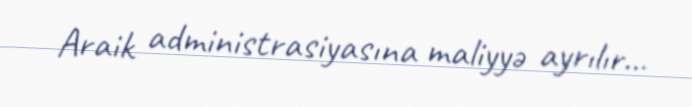
Araik administrasiyasına maliyyə ayrılır...